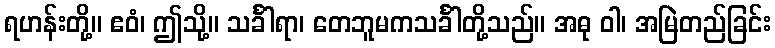
ရဟန်းတို့။ ဧဝံ၊ ဤသို့။ သင်္ခါရာ၊ တေဘူမကသင်္ခါတို့သည်။ အဓု ဝါ၊ အမြဲတည်ခြင်း